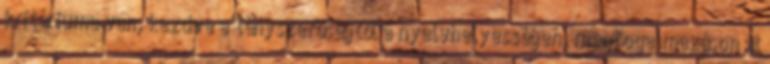
kritériuma van, kezdve a tényszerőségtől a nyelvhelyességen, megfogalmazáson át